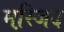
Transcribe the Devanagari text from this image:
मस्जि़द